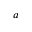
a